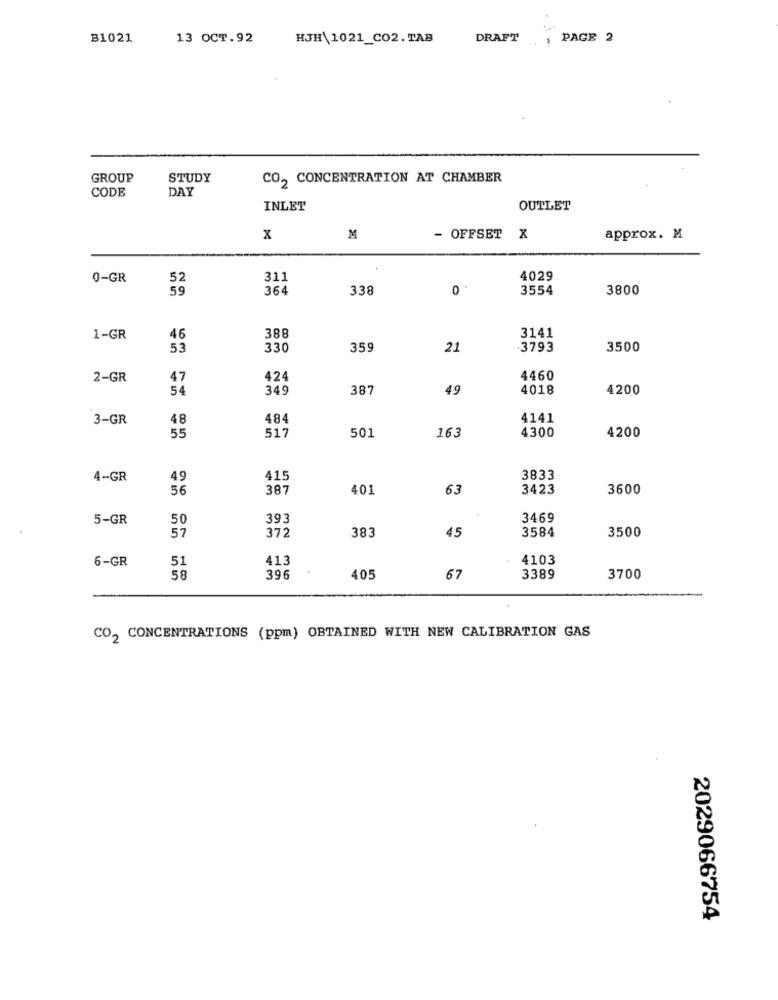
B1021
13 OCT.92
HJH\1021_CO2.TAB
DRAFT
PAGE 2
GROUP
STUDY
CO, CONCENTRATION AT CHAMBER
CODE
DAY
INLET
OUTLET
x
M
- OFFSET
x
approx. M
0-GR
311
4029
59
364
338
3554
3800
1-GR
46
388
3141
53
330
359
21
-3793
3500
2-GR
47
424
4460
54
349
387
49
4018
4200
3-GR
48
484
4141
55
517
501
163
4300
4200
4-GR
49
415
3833
56
387
401
63
3423
3600
5-GR
50
393
3469
57
372
383
3584
3500
45
6-GR
51
413
4103
58
396
405
67
3389
3700
CO2 CONCENTRATIONS (ppm) OBTAINED WITH NEW CALIBRATION GAS
2029066754